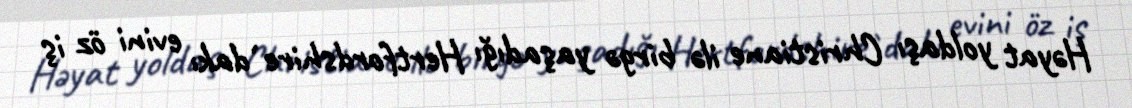
Həyat yoldaşı Christiane ilə birgə yaşadığı Hertfordshire`dakı evini öz iş